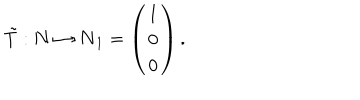
LaTeX: { \tilde { T } } : { \bf N } \mapsto { \bf N } _ { 1 } = \left( \begin{array} { c } { { 1 } } \\ { { 0 } } \\ { { 0 } } \\ \end{array} \right) .